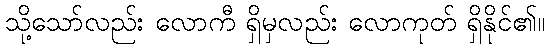
သို့သော်လည်း လောကီ ရှိမှလည်း လောကုတ် ရှိနိုင်၏။